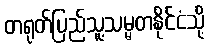
တရုတ်ပြည်သူ့သမ္မတနိုင်ငံသို့